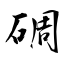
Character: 碉